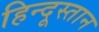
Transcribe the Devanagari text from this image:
हिन्दूस्तान